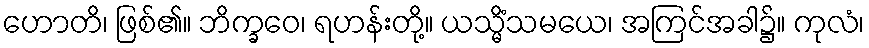
ဟောတိ၊ ဖြစ်၏။ ဘိက္ခဝေ၊ ရဟန်းတို့။ ယသ္မိံသမယေ၊ အကြင်အခါ၌။ ကုလံ၊